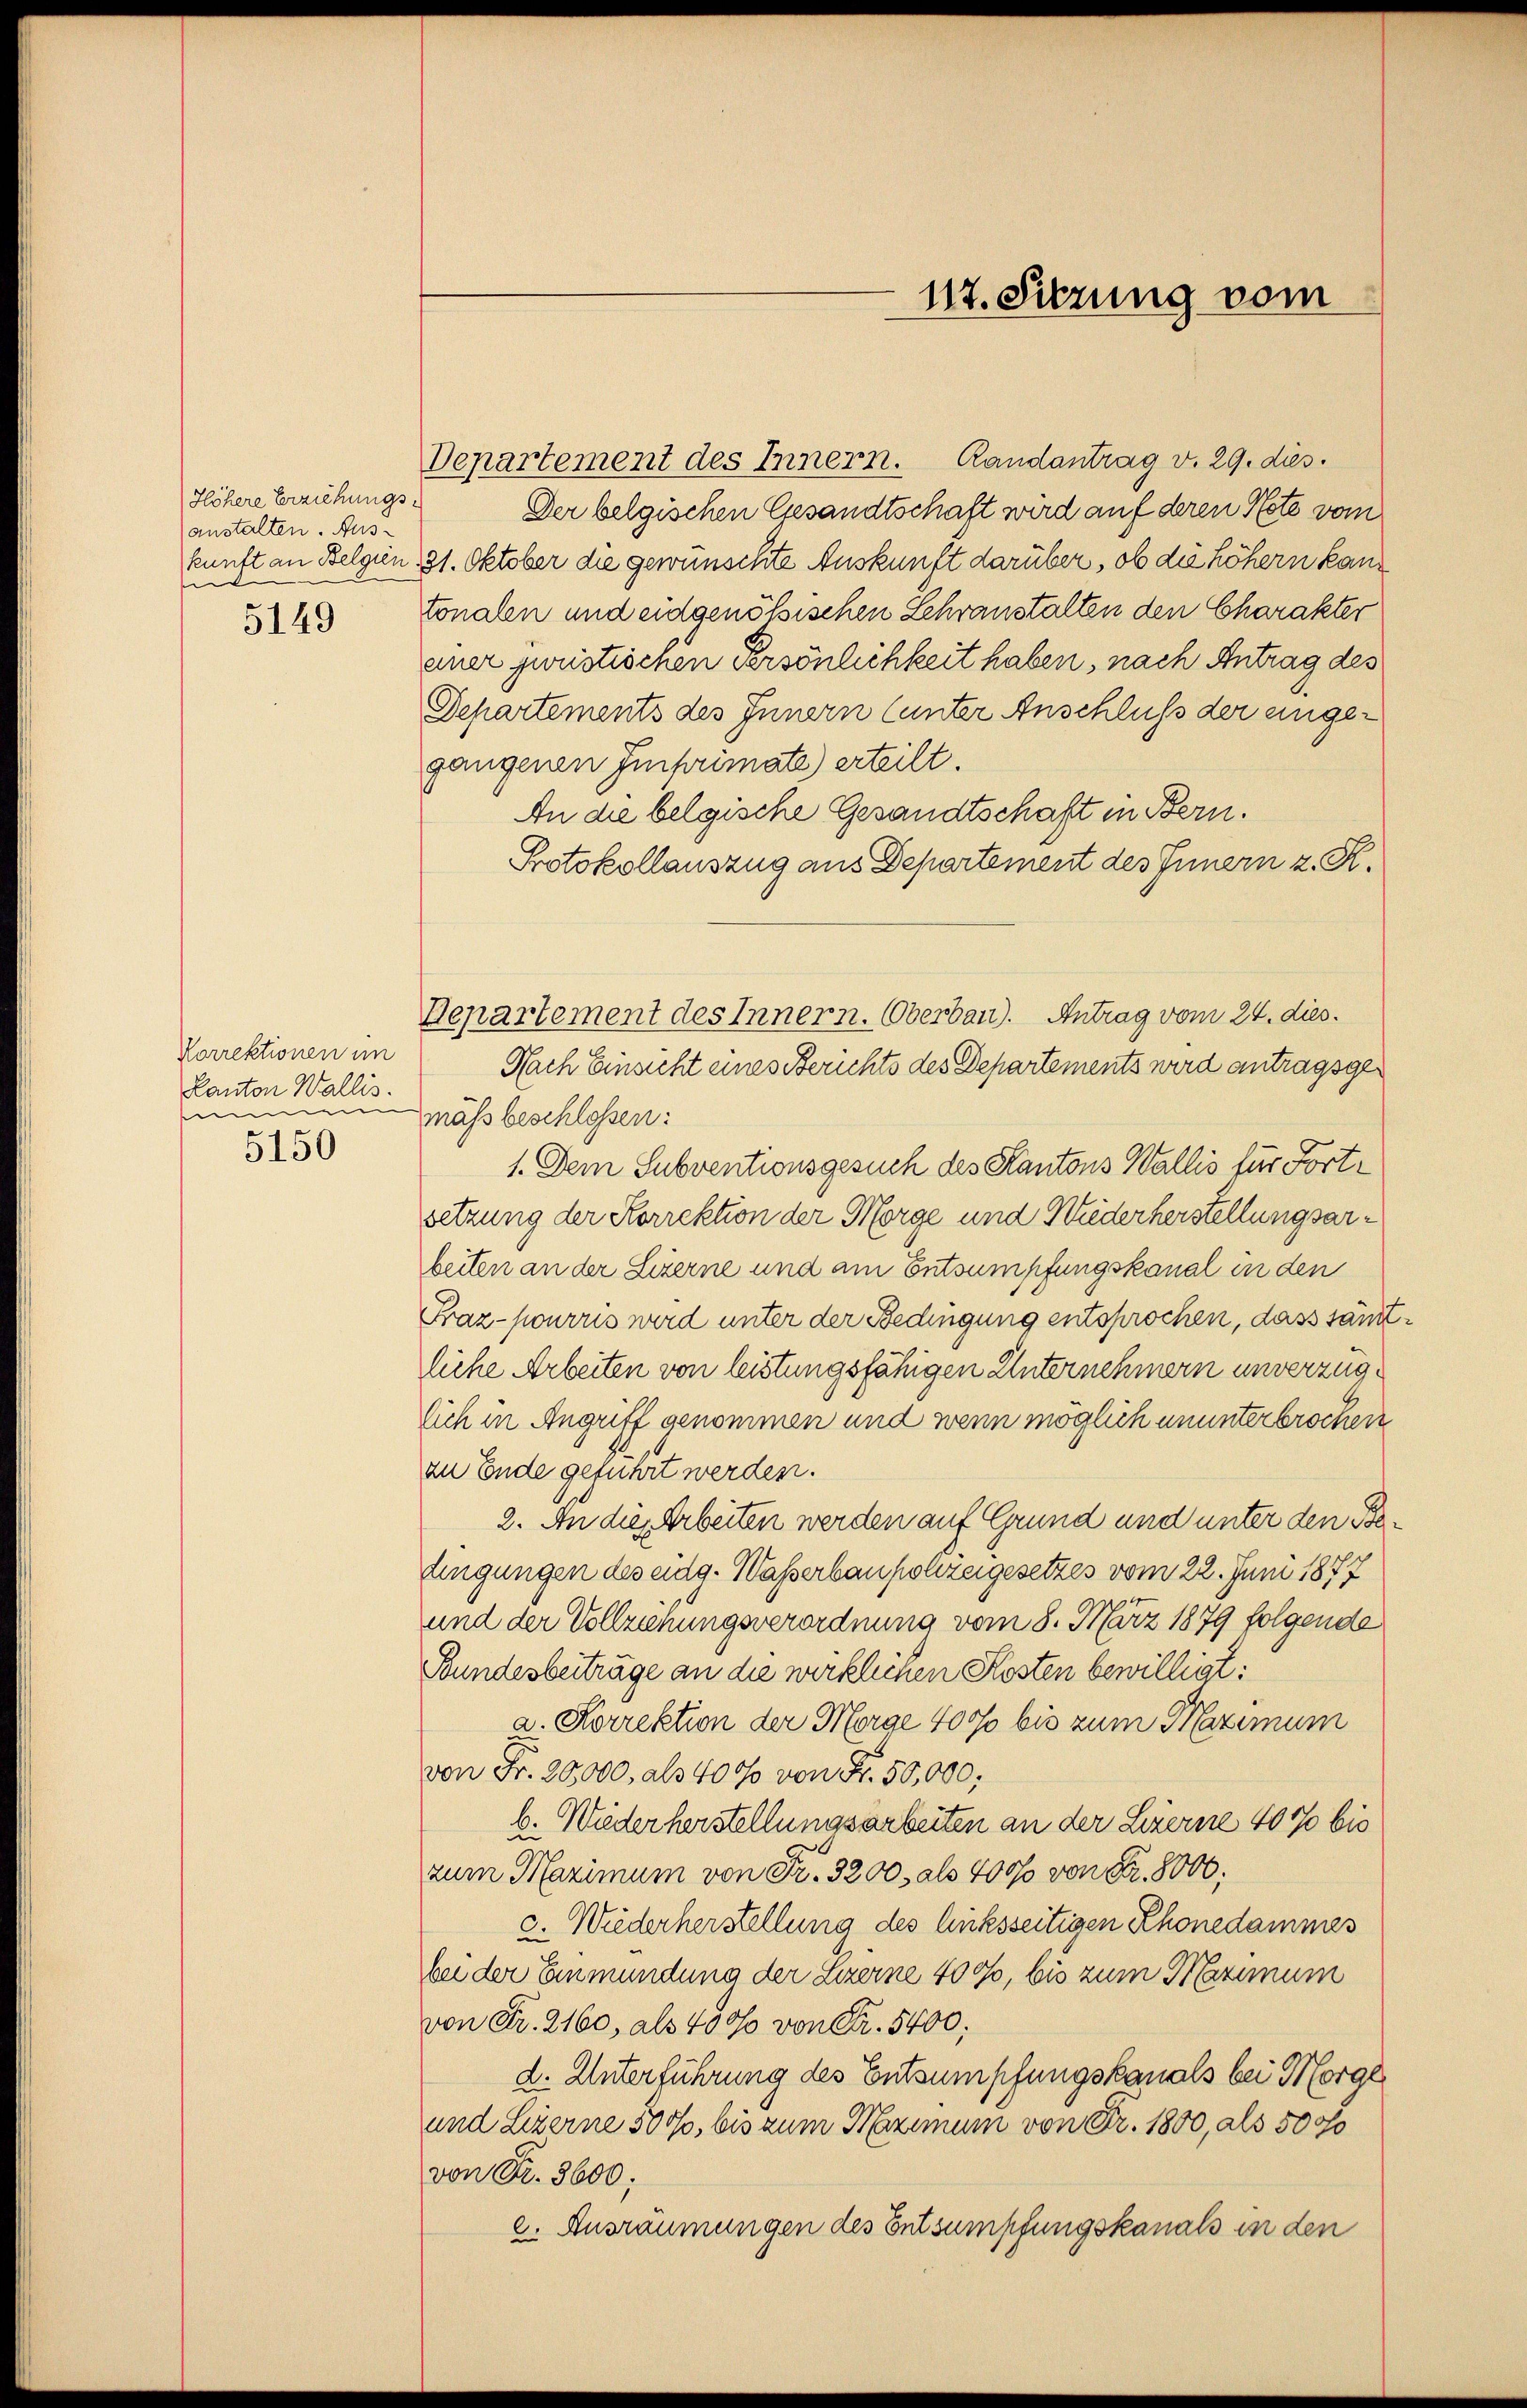
Höhere Erziehungs
(anstalten. Ause
5149

Korrektionen im
Kanton Wallis.
ummin
5150

Departement des Innern. Randantrag v. 29. dies.

Repartement des Innern. Oberbau). Antrag vom 24. dies.

117. Sitzung vom

Der belgischen Gesandtschaft wird auf deren Note vom
kunft an Belgien 31. Oktober die gewünschte Auskunft darüber, ob die höhern kann
tonalen und eidgenössischen Lehranstalten den Charakter
einer zweistischen Persönlichkeit haben, nach Antrag des
Departements des Innern (unter Anschluß der eingegangenen Imprimate) erteilt.
An die belgische Gesandtschaft in Bern.
Protokollauszug aus Departement des Innern z. K.
Nach Einsicht eines Berichts des Departements wird antragsgemäss beschlossen:
1. Dem Subventionsgesuch des Kantons Wallis für Fortsetzung der Korrektion der Morge und Wiederherstellungsarbeiten an der Lizerne und am Entsumpfungskanal in den
Fraz- pourris wird unter der Bedingung entsprochen, dass säm
liche Arbeiten von leistungsfähigen Unternehmern unverzüglich in Angriff genommen und wenn möglich ununterbrochen
zu Ende geführt werden.
2. An dies Arbeiten werden auf Grund und unter den Betingungen des eidg. Waßerbauponzeigesetzes vom 22. Juni 1877
und der Vollzinungsverordnung vom 8. März 1879 folgende
Bundesbeiträge an die wirklichen Kosten bewilligt:
a. Korrektion der Morge 40% bis zum Maximum
von Fr. 20,000, als 4000 von Fr. 50,000;
b. Wiederherstellungsarbeiten an der Lerne 40% bis
zum Maximum von Fr. 3200, als 4000 von Fr. 8000;
c. Wiederherstellung des linksseitigen Rhonedammes
bei der Einmündung der Luzerne 4000, bis zum Maximum
von Fr. 2160, als 400 von Fr. 5400;
d. Unterführung des Entsumschungskanals bei Morge
und Luzerne 300, bis zum Maximum von Fr. 1800, als 5000
von Fr. 3600;
e. Ausräumungen des Entsumpfungskanals in den